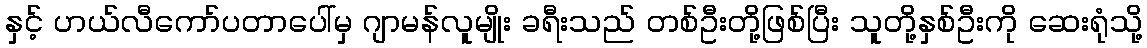
နှင့် ဟယ်လီကော်ပတာပေါ်မှ ဂျာမန်လူမျိုး ခရီးသည် တစ်ဦးတို့ဖြစ်ပြီး သူတို့နှစ်ဦးကို ဆေးရုံသို့